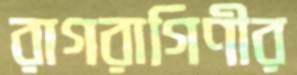
রাগরাগিণীর